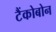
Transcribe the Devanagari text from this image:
टैंकोबोन